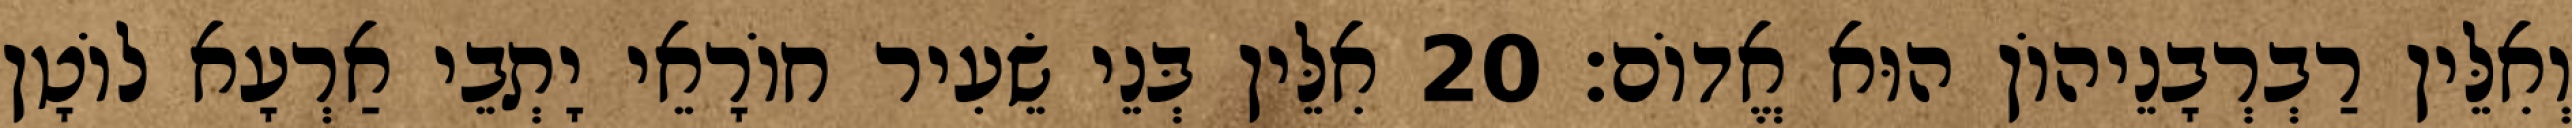
וְאִלֵּין רַבְרְבָנֵיהוֹן הוּא אֱדוֹם׃ 20 אִלֵּין בְּנֵי שֵׂעִיר חוֹרָאֵי יָתְבֵי אַרְעָא לוֹטָן